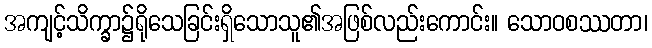
အကျင့်သိက္ခာ၌ရိုသေခြင်းရှိသောသူ၏အဖြစ်လည်းကောင်း။ သောဝစဿတာ၊